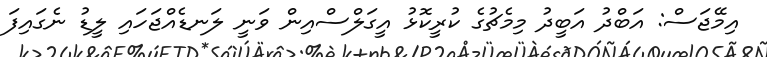
އިމޭޖަސް: އަބްދު އަބީދު މިމެޗުގެ ކުރީކޮޅު އީގަލްސްއިން ވަނީ ލަނޑެއްޖަހައި ލީޑު ނެގައިފަ